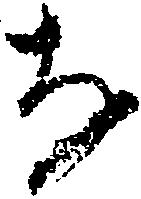
な